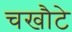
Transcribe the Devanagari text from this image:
चखौटे